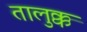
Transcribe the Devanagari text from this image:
तालुक्क